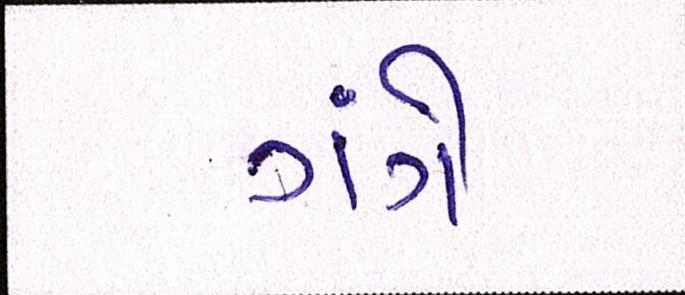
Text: ગંગે